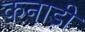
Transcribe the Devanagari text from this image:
कनाड़ी